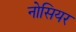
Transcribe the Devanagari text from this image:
नोसियर